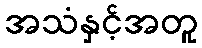
အသံနှင့်အတူ